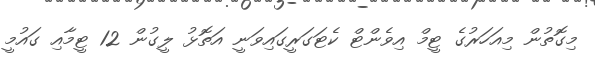
މިގޮތުން މިއަހަރުގެ ޓީމް އިވެންޓް ކެޓަގަރީގައިވަނީ އަތޮޅު ލީގުން 12 ޓީމާއި ގައުމީ